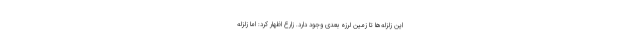
این زلزله‌ها تا زمین لرزه بعدی وجود دارد. زارع اظهار کرد: اما زلزله